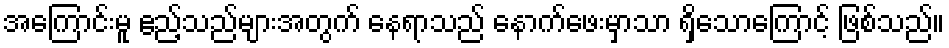
အကြောင်းမူ ဧည့်သည်များအတွက် နေရာသည် နောက်ဖေးမှာသာ ရှိသောကြောင့် ဖြစ်သည်။